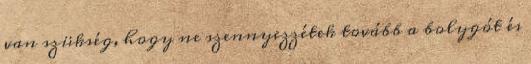
van szükség, hogy ne szennyezzétek tovább a bolygót és